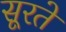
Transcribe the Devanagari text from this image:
सूरते